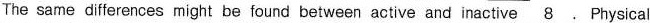
The same differences might be found betweenactive and inactive \underline{8}. Physical